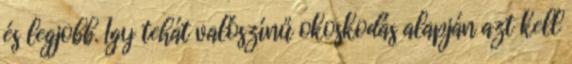
és legjobb. Így tehát valószínű okoskodás alapján azt kell